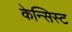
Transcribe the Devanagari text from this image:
केन्सिस्ट